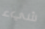
شيء